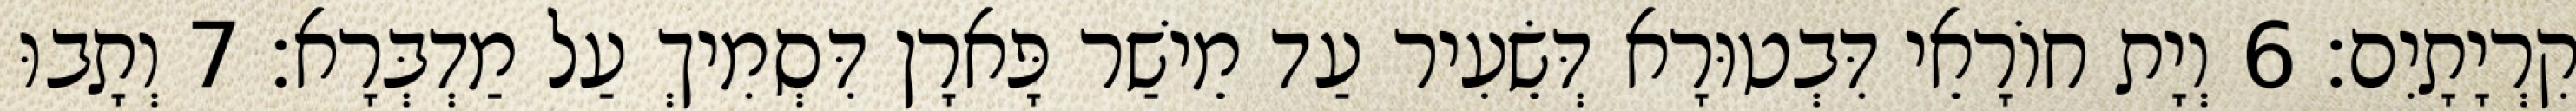
קִרְיָתָיִם׃ 6 וְיָת חוֹרָאֵי דִּבְטוּרָא דְּשֵׂעִיר עַד מֵישַׁר פָּארָן דִּסְמִיךְ עַל מַדְבְּרָא׃ 7 וְתָבוּ